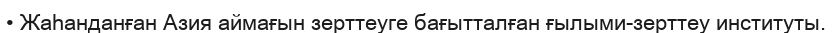
• Жаһанданған Азия аймағын зерттеуге бағытталған ғылыми-зерттеу институты.